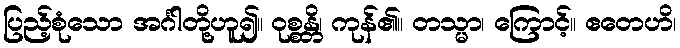
ပြည့်စုံသော အင်္ဂါတို့ဟူ၍။ ဝုစ္စန္တိ၊ ကုန်၏။ တသ္မာ၊ ကြောင့်။ ဧတေဟိ၊